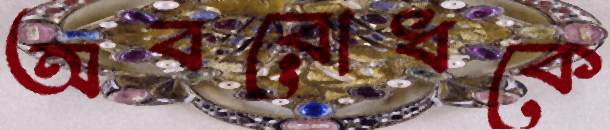
অবরোধকে